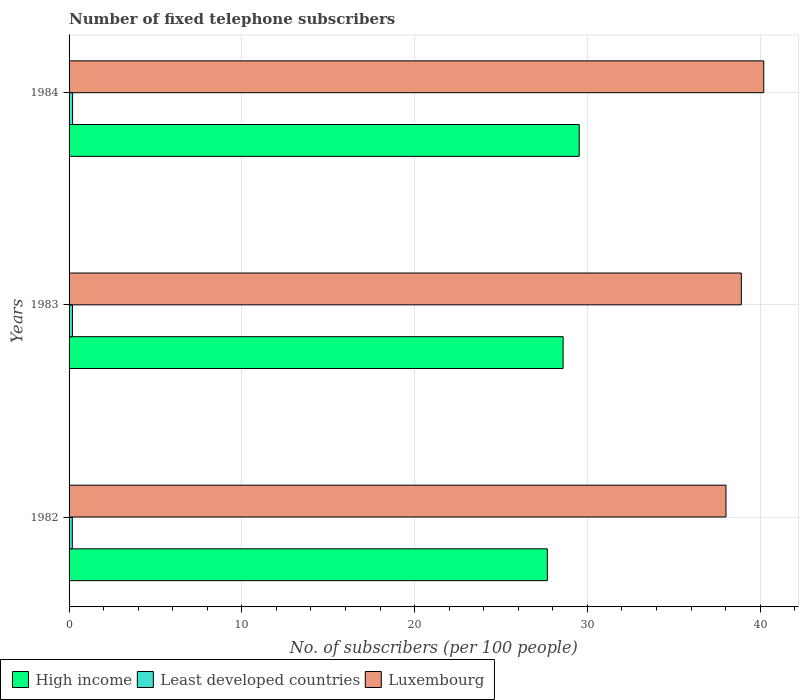
| Years | High income | Least developed countries | Luxembourg |
 | --- | --- | --- | --- |
 | 1982 | 27.7 | 0.188 | 38 |
 | 1983 | 28.6 | 0.195 | 38.9 |
 | 1984 | 29.5 | 0.203 | 40.2 |